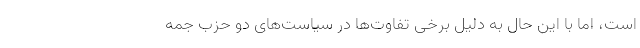
است، اما با این حال به دلیل برخی تفاوت‌ها در سیاست‌های دو حزب جمه